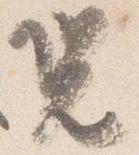
況